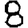
Digit: 8